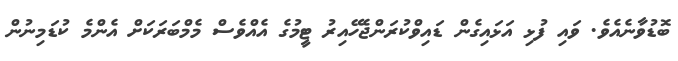
ބޮޑުވާނެއެވެ. ވައި ފުޅި އަޅައިގެން ޑައިވްކުރަންޖެހޭއިރު ޓީމުގެ އެއްވެސް މެމްބަރަކަށް އެންމެ ކުޑަމިނުން